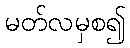
မတ်လမှစ၍